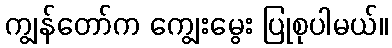
ကျွန်တော်က ကျွေးမွေး ပြုစုပါမယ်။